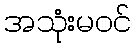
အသုံးမဝင်